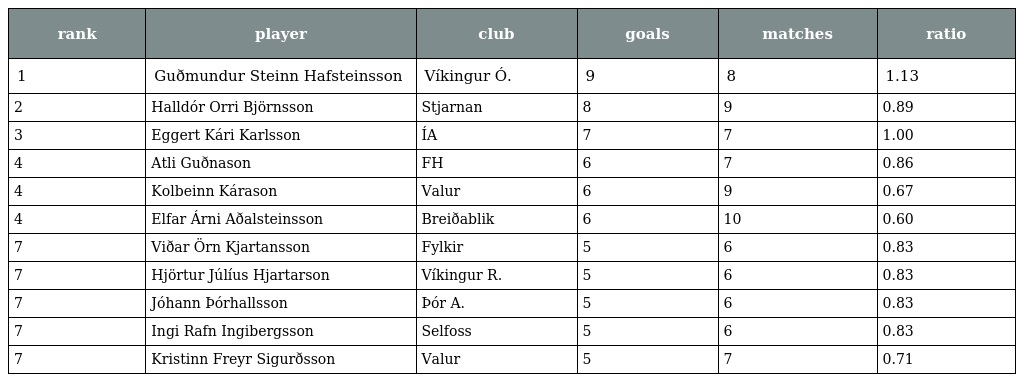
| rank | player | club | goals | matches | ratio |
 | --- | --- | --- | --- | --- | --- |
 | 1 | Guðmundur Steinn Hafsteinsson | Víkingur Ó. | 9 | 8 | 1.13 |
 | 2 | Halldór Orri Björnsson | Stjarnan | 8 | 9 | 0.89 |
 | 3 | Eggert Kári Karlsson | ÍA | 7 | 7 | 1.00 |
 | 4 | Atli Guðnason | FH | 6 | 7 | 0.86 |
 | 4 | Kolbeinn Kárason | Valur | 6 | 9 | 0.67 |
 | 4 | Elfar Árni Aðalsteinsson | Breiðablik | 6 | 10 | 0.60 |
 | 7 | Viðar Örn Kjartansson | Fylkir | 5 | 6 | 0.83 |
 | 7 | Hjörtur Júlíus Hjartarson | Víkingur R. | 5 | 6 | 0.83 |
 | 7 | Jóhann Þórhallsson | Þór A. | 5 | 6 | 0.83 |
 | 7 | Ingi Rafn Ingibergsson | Selfoss | 5 | 6 | 0.83 |
 | 7 | Kristinn Freyr Sigurðsson | Valur | 5 | 7 | 0.71 |